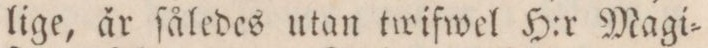
lige, är ſåledes utan twifwel H:r Magi=